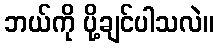
ဘယ်ကို ပို့ချင်ပါသလဲ။